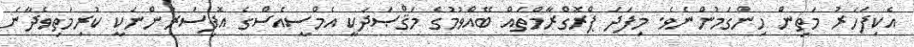
އެކިފަހަރު މަތިން ހިންގަމުންނެވެ. މިފަދަ ޕްރޮގްރާމްތައް ބޭއްވުމުގެ މަޤްޞަދަކީ އެމްސީއެސްގެ އޮފިސަރުންނަކީ ކުރިމަތިވެދާނެ